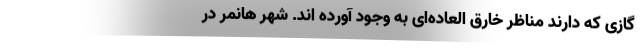
گازی که دارند مناظر خارق العاده‌ای به وجود آورده اند. شهر هانمر در